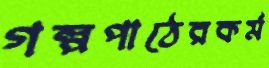
গল্পপাঠেরকর্ম